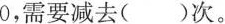
0，需要减去()次。